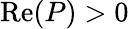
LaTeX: \textnormal{Re}(P)>0